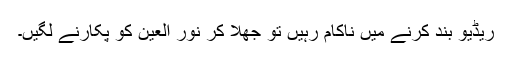
ریڈیو بند کرنے میں ناکام رہیں تو جھلا کر نور العین کو پکارنے لگیں۔